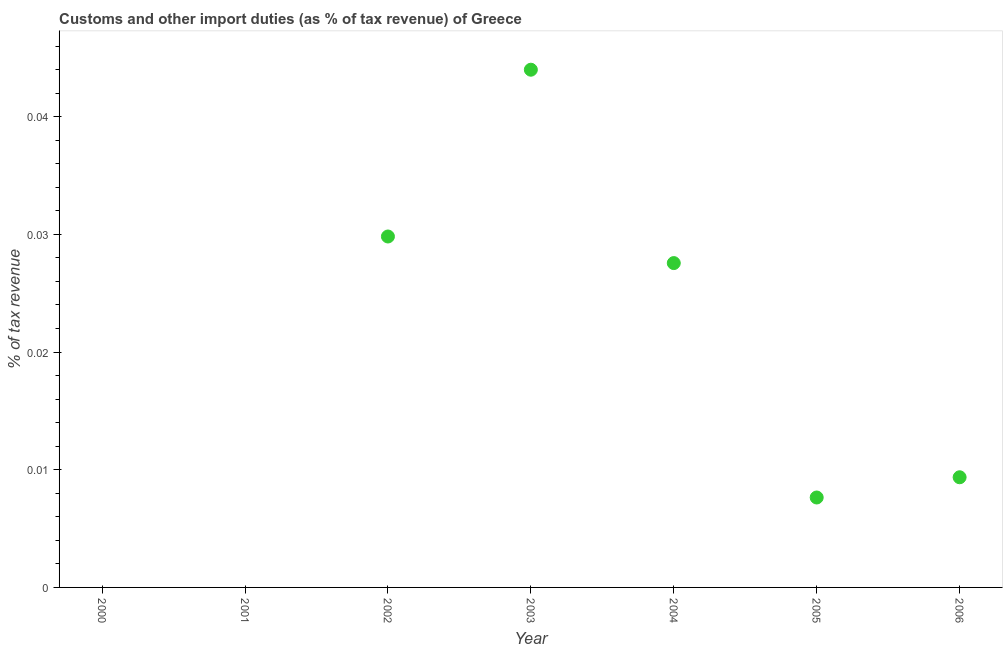
| Year | Customs and other import duties |
 | --- | --- |
 | 2000 | -0.0221 |
 | 2001 | -0.0125 |
 | 2002 | 0.0298 |
 | 2003 | 0.044 |
 | 2004 | 0.0276 |
 | 2005 | 0.00764 |
 | 2006 | 0.00936 |